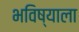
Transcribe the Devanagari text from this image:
भविष्याला